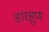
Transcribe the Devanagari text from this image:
हारहूण